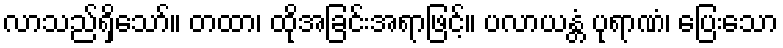
လာသည်ရှိသော်။ တထာ၊ ထိုအခြင်းအရာဖြင့်။ ပလာယန္တံ ပုရာဏံ၊ ပြေးသော